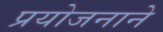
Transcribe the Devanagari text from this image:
प्रयोजनाने